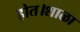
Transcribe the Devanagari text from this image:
होत।शाळा